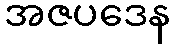
အဇပဒေန